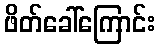
ဖိတ်ခေါ်ကြောင်း